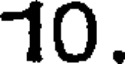
10.